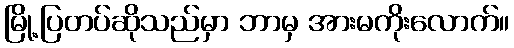
မြို့ပြတပ်ဆိုသည်မှာ ဘာမှ အားမကိုးလောက်။